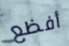
أفظع